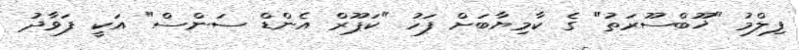
ފިލްމު "ޚޫބްސޫރަތު" ގެ ކާމިޔާބަށް ފަހު "ކަޕޫރް އެންޑް ސަންސް" އަކީ ފަވާދު